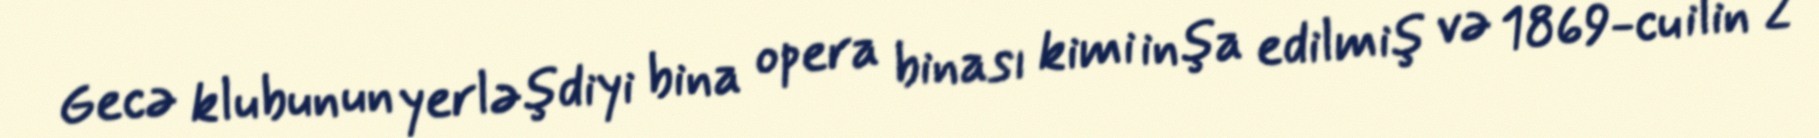
Gecə klubunun yerləşdiyi bina opera binası kimi inşa edilmiş və 1869-cu ilin 2